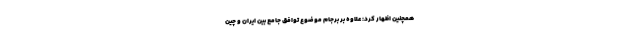
همچنین اظهار کرد: علاوه بر برجام موضوع توافق جامع بین ایران و چین